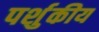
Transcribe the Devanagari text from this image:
पर्शुकीय